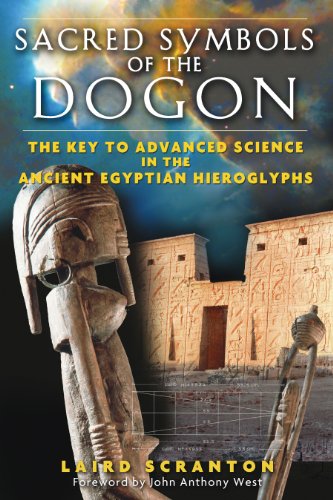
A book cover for Sacred Symbols of the Dogon: The Key to Advanced Science in the Ancient Egyptian Hieroglyphs; Laird Scranton; Mystery, Thriller & Suspense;